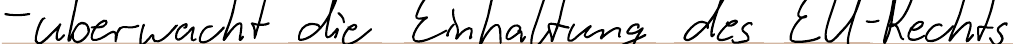
- überwacht die Einhaltung des EU-Rechts